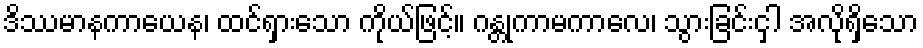
ဒိဿမာနကာယေန၊ ထင်ရှားသော ကိုယ်ဖြင့်။ ဂန္တုကာမကာလေ၊ သွားခြင်းငှါ အလိုရှိသော